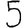
Digit: 5